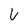
Character: U